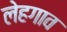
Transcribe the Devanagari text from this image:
लेहगाव